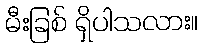
မီးခြစ် ရှိပါသလား။